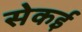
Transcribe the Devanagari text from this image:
सेकई